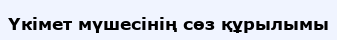
Үкімет мүшесінің сөз құрылымы